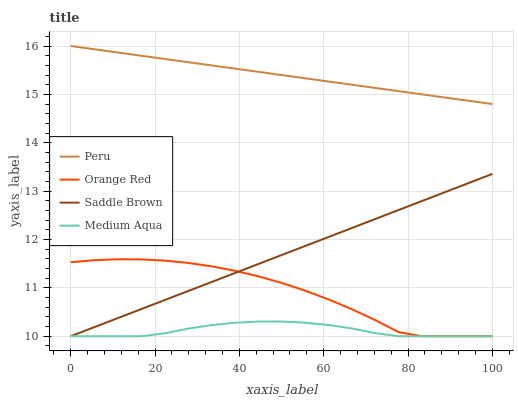
| xaxis_label | Peru | Orange Red | Saddle Brown | Medium Aqua |
 | --- | --- | --- | --- | --- |
 | 0 | 16 | 11.5 | 10 | 10 |
 | 5.56 | 15.9 | 11.6 | 10.2 | 10 |
 | 11.1 | 15.9 | 11.6 | 10.4 | 10 |
 | 16.7 | 15.8 | 11.6 | 10.6 | 10 |
 | 22.2 | 15.7 | 11.6 | 10.7 | 10.1 |
 | 27.8 | 15.7 | 11.5 | 10.9 | 10.2 |
 | 33.3 | 15.6 | 11.4 | 11.1 | 10.2 |
 | 38.9 | 15.5 | 11.4 | 11.3 | 10.3 |
 | 44.4 | 15.5 | 11.2 | 11.5 | 10.3 |
 | 50 | 15.4 | 11.1 | 11.7 | 10.3 |
 | 55.6 | 15.3 | 10.9 | 11.9 | 10.3 |
 | 61.1 | 15.3 | 10.8 | 12.1 | 10.2 |
 | 66.7 | 15.2 | 10.6 | 12.2 | 10.2 |
 | 72.2 | 15.1 | 10.3 | 12.4 | 10.1 |
 | 77.8 | 15.1 | 10.1 | 12.6 | 10 |
 | 83.3 | 15 | 10 | 12.8 | 10 |
 | 88.9 | 14.9 | 10 | 13 | 10 |
 | 94.4 | 14.9 | 10 | 13.2 | 10 |
 | 100 | 14.8 | 10 | 13.4 | 10 |